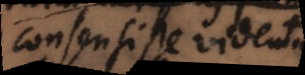
consensisse videntur